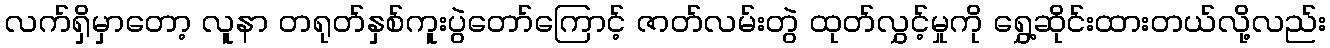
လက်ရှိမှာတော့ လူနာ တရုတ်နှစ်ကူးပွဲတော်ကြောင့် ဇာတ်လမ်းတွဲ ထုတ်လွှင့်မှုကို ရွှေ့ဆိုင်းထားတယ်လို့လည်း